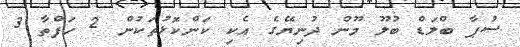
ސުޕާ ބްލަޑް ބުލޫ މޫން ދުނިޔޭގެ އެކި ކަންކޮޅުތަކުން 2 ހަފްތާ 3